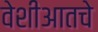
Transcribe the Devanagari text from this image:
वेशीआतचे